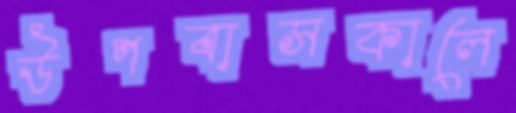
উপবাসকালে